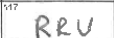
Transcription: RRU